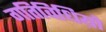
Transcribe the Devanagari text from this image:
गतिविधिय़ो